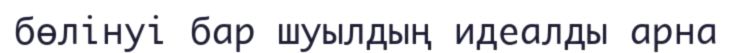
бөлінуі бар шуылдың идеалды арна